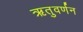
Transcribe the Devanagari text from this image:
ऋतुवर्णन